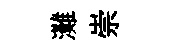
灘崇